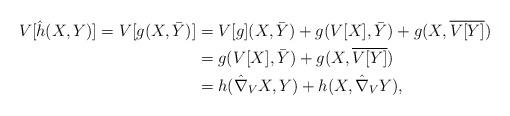
LaTeX: \begin{align*} V[\hat{h}(X,Y)] =V[g(X,\bar{Y})] &=V[g](X,\bar{Y}) + g(V[X],\bar{Y}) + g(X,\overline{V[Y]})\\ &=g(V[X],\bar{Y}) + g(X,\overline{V[Y]})\\ &=h(\hat{\nabla}_VX,Y) + h(X,\hat{\nabla}_VY),\end{align*}